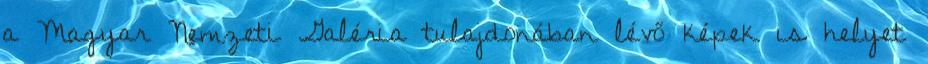
a Magyar Nemzeti Galéria tulajdonában lévő képek is helyet